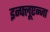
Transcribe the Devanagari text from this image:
इन्फ्लूएन्जा